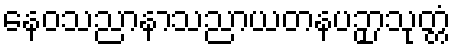
နေဝသညာနာသညာယတနပဉှာသုတ္တံ